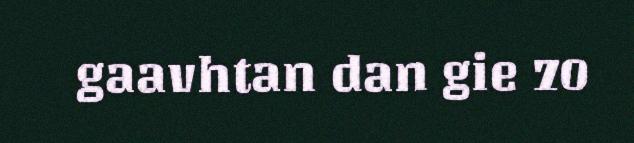
gaavhtan dan gie 70